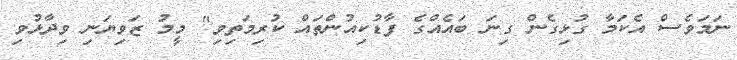
ނަމަވެސް އެކަމާ ގުޅިގެން ގިނަ ބައެއްގެ ފާޑުކިއުންތައް ކުރިމަތިވި" މީމު ޒަވިޔަނި ވިދާޅުވި